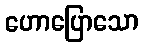
ဟောပြောသော